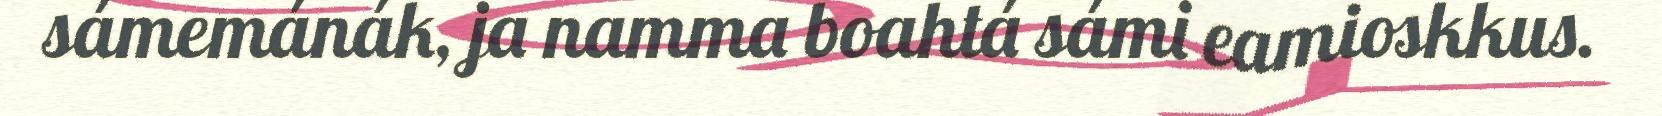
sámemánák, ja namma boahtá sámi eamioskkus.